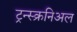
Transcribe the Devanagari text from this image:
ट्रन्स्क्रनिअल